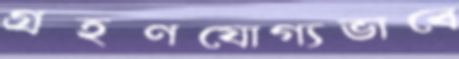
গ্রহণযোগ্যভাবে